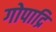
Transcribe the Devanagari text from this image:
गोपाद्रि